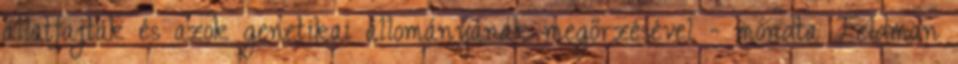
állatfajták és azok genetikai állományának megőrzésével - mondta Feldman